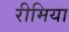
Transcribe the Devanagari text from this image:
रीमिया